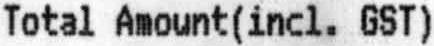
TOTAL AMOUNT(INCL. GST)